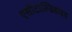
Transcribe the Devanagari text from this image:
एसीटाल्डिहाइड